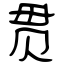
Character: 贯